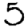
Digit: 5